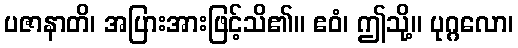
ပဇာနာတိ၊ အပြားအားဖြင့်သိ၏။ ဧဝံ၊ ဤသို့။ ပုဂ္ဂလော၊